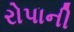
રોપાની